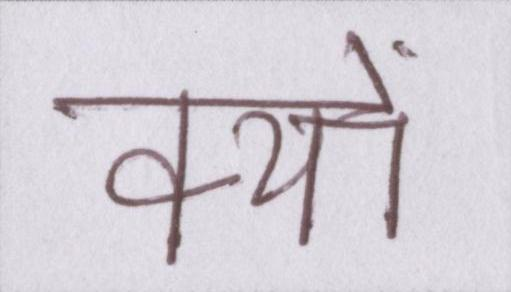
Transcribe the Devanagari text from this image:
क्यों